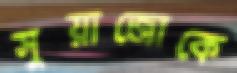
সুয়াজোকে